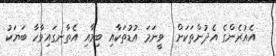
އެއުރެންގެ އެދުންތަކަށް  ވީނަމަ އުޑުތަކާއި ބިމާއި އެތާނގައިވާހާ ބަޔަކު